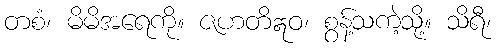
တစံ၊ မိမိအရေကို။ ဇဟတိဣဝ၊ စွန့်သကဲ့သို့။ သိရီ၊